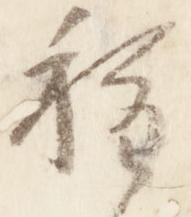
種